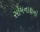
સોમનાથનો